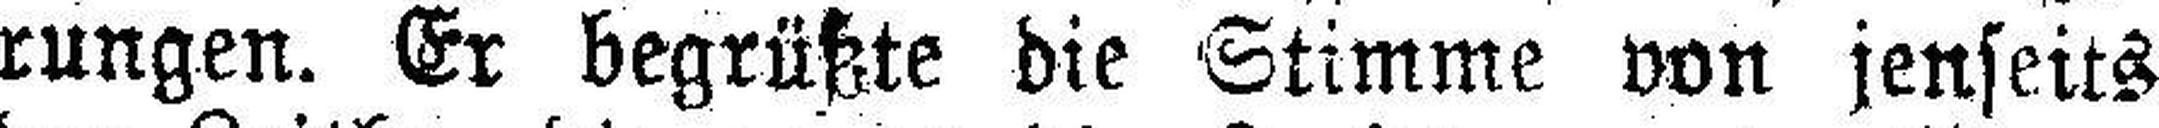
rungen. Er begrüßte die Stimme von jenseits